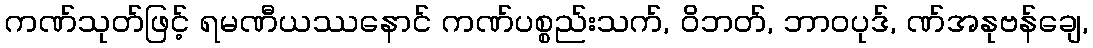
ကဏ်သုတ်ဖြင့် ရမဏီယဿနောင် ကဏ်ပစ္စည်းသက်, ဝိဘတ်, ဘာဝပုဒ်, ဏ်အနုဗန်ချေ,